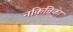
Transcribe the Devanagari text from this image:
नकिनिका